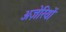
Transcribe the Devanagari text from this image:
अज़ेरियों